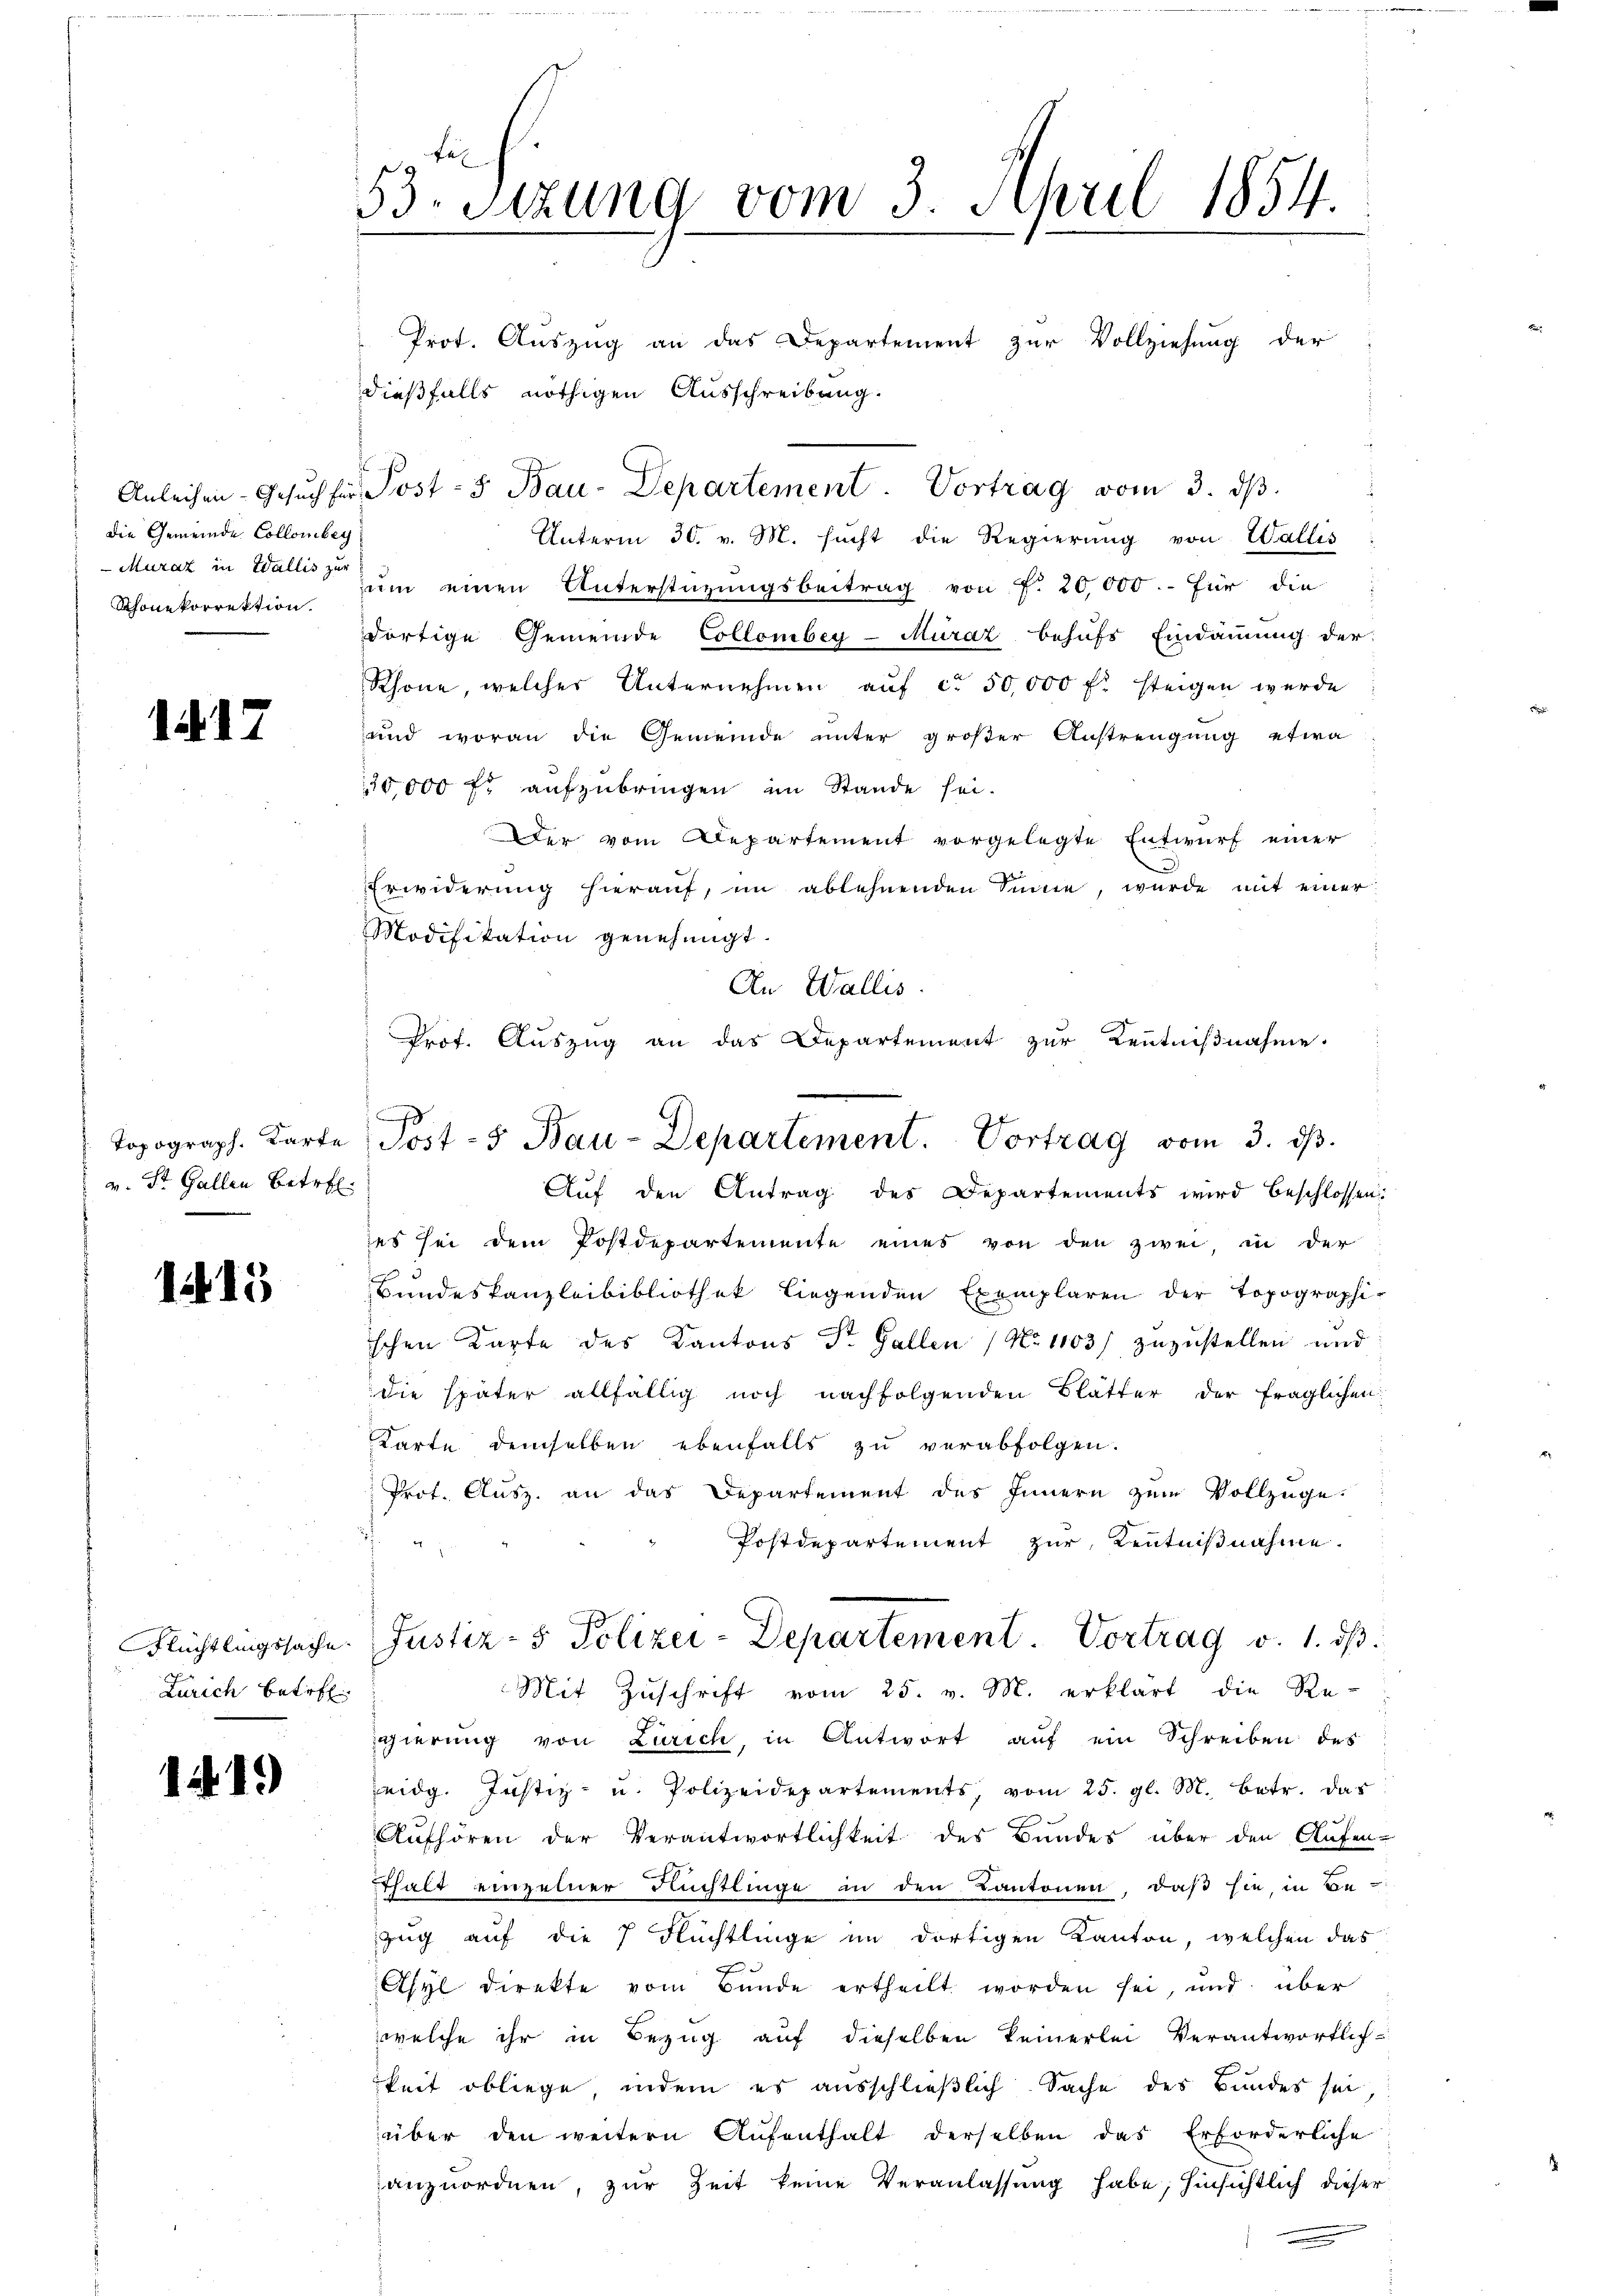
die Gemeinde Collombey
Muraz in Wallis zur
Schonekorrektion.

1417

v. St. Gallen Betr.

1415

Zürich betr.

1419)

53. Sitzung vom 3. April 1854.

Prot. Auszug an das Departement zur Vollziehung der
dießfalls nöthigen Ausschreibung.
Anleihen-Gesuch für Post- & Bau-Departement. Vortrag vom 3. ds.
Unterm 30. v. M. sucht die Regierung von Wallis
rum einen Unterstüzungsbeitrag von f. 20,000.- für die
dortige Gemeinde Collombey-Müraz behufs Eindammung der
Schöne, welcher Unternehmen auf ca 50,000 fl. steigen wurde
und woran die Gemeinde unter großer Anstrengung etwa
20,000 fl aufzubringen im Stande sei.
Der vom Departement vorgelegte Entwurf einer
Erwiderung hierauf, im ablehnenden Sinne, wurde mit einer
Modifikation genehmigt.
An Wallis.
Prof. Auszug an das Departement zur Kenntnißnahme.
Aŭf den Antrag des Departements wird beschlossen:
es sei dem Postdepartemente eines von den zwei in der
Bundeskanzleibibliothek liegenden Exemplaren der Topographischen Karte des Kantons Sr. Gallen No 1103/ zuzustellen und
die später allfällig noch nachfolgenden Blätter der fraglichen
Karte demselben ebenfalls zu verabfolgen.
Prot. Ausz. an das Departement des Innern zum Vollzüge.
Postdepartement zur Kenntnißnahme.
Flüchtlingssache. Justiz- & Polizei-Departement Vortrag v. 1. ds.
Mit Zŭschrift vom 25. v. M. erklärt die Re-
gierung von Zürich, in Antwort aŭf ein Schreiben des
eidg. Justiz- u. Polizeidepartements, vom 25. gl. M. betr. das
Aufhören der Verantwortlichkeit des Bundes über den Aufen-
thalt einzelner Nchtlinge in den Kantonen, daß sie, in Be-
zug auf die 7 Flüchtlinge im dortigen Kanton, welchen das
f
Asyl direkte vom Bunde ertheilt worden sei, und über
welche ihr in Bezug auf dieselben keinerlei Verantwortlich-
keit obliege, indem es ausschließlich Sache des Bundes sei,
über den weitern Aŭfenthalt derselben das Erforderliche
anzuordnen, zur Zeit keine Veranlassung habe, hinsichtlich dieser

Topograph. Karte Post-5 Bau-Departement. Vortrag vom 3. dβ.